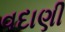
વદાણી